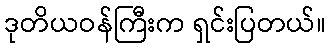
ဒုတိယဝန်ကြီးက ရှင်းပြတယ်။